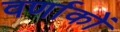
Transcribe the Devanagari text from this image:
वर्णाकों